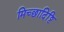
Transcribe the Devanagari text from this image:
मिच्छादिट्ठि